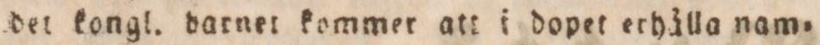
det kongl. darnet kommer att i dopet erhålla nam=